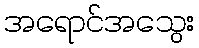
အရောင်အသွေး